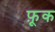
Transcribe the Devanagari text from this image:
फ़ूक